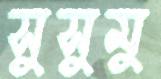
সুসুমু